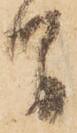
間